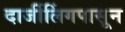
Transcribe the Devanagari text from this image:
दार्जीलिंगपासून